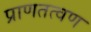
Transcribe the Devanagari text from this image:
प्राणतत्वण